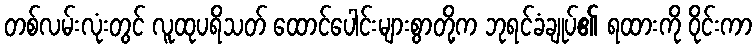
တစ်လမ်းလုံးတွင် လူထုပရိသတ် ထောင်ပေါင်းများစွာတို့က ဘုရင်ခံချုပ်၏ ရထားကို ဝိုင်းကာ